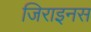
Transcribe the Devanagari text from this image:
जिराइनस